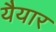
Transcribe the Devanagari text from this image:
यैयार